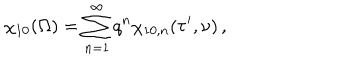
\chi _ { 1 0 } ( \Omega ) = \sum _ { n = 1 } ^ { \infty } q ^ { n } \chi _ { 1 0 , n } ( \tau ^ { \prime } , \nu ) \, ,